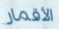
الأقمار